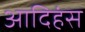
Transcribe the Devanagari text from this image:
आदिहंस